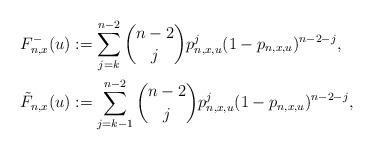
LaTeX: \begin{align*}F_{n,x}^-(u) &:= \sum_{j=k}^{n-2} \binom{n-2}{j}p_{n,x,u}^j(1-p_{n,x,u})^{n-2-j}, \\\tilde{F}_{n,x}(u) &:= \sum_{j=k-1}^{n-2} \binom{n-2}{j}p_{n,x,u}^j(1-p_{n,x,u})^{n-2-j},\end{align*}